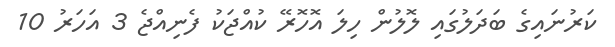
ކަރުނައިގެ ބަދަލުގައި ލޮލުން ހިލަ އޮހޮރޭ ކުއްޖަކު ފެނިއްޖެ 3 އަހަރު 10